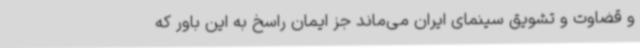
و قضاوت و تشویق سینمای ایران می‌ماند جز ایمان راسخ به این باور که